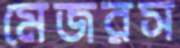
মেজরস